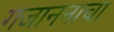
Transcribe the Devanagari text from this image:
गजाननाचा